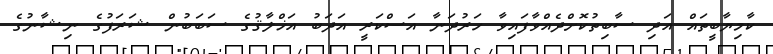
ކާމިޔާބީތައް އަދި ސާބިތުކޮށްދެއްވާފައިވާ ހަރުދަނާ އަސްކަރީ އަދަބު އަޚްލާޤުގެ ސަބަބުން ޝަރަފުގެ ނިޝާނުގެ